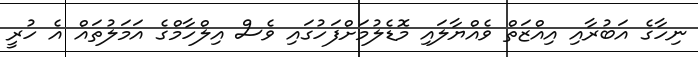
ނިހާގެ އަބުރާއި އިއްޒަތް ވެއްޔާލައި މޮޑެލުމަށްފަހުގައި ވެސް އިލްހާމްގެ އަމަލުތައް އެ ހުރީ